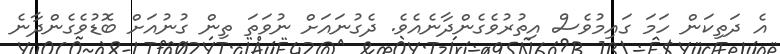
އެ ދަތިކަން ހަމަ ގައިމުވެސް އިތުރުވެގެންދާނެއެވެ. ދެގުނައަށް ނުވަތަ ތިން ގުނުއަށް ބޮޑުވެގެންދާނެ